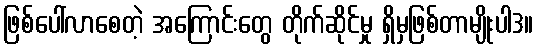
ဖြစ်ပေါ်လာစေတဲ့ အကြောင်းတွေ တိုက်ဆိုင်မှု ရှိမှဖြစ်တာမျိုးပါ3။